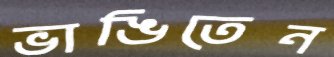
ভাঙিতেন